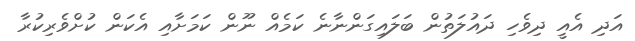
އަދި އެެއީ ދިވެހި ދައުލަތުން ބަލައިގަންނާނެ ކަމެއް ނޫން ކަމަށާއި އެކަން ކުށްވެރިކުރާ